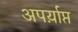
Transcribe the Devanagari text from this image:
अपर्य़ाप्त